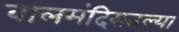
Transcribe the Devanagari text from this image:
बालमंदिरातल्या